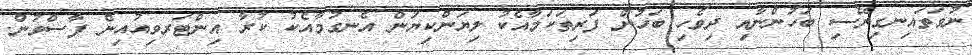
ނުވަތައިނގިރޭސި ބަހުންނާއި ދިވެހި ބަހުން ފަރިތަކަމާއެކު ލިޔަންކިޔަން އެނގުމާއެކު ކުރާ އިންޓަރވިއުއިން ފާސްވުން.